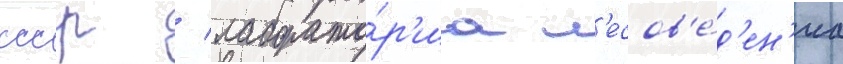
ссср / лаборато́р'иа л'есов'е́д'ен'иа